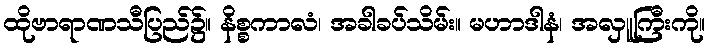
ထိုဗာရာဏသီပြည်၌။ နိစ္စကာလံ၊ အခါခပ်သိမ်း။ မဟာဒါနံ၊ အလှူကြီးကို။